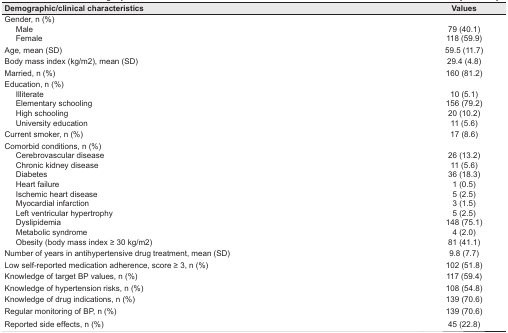
| Demographic/clinical characteristics | Values |
 | --- | --- |
 | Gender, n (%) |  |
 | Male | 79 (40.1) |
 | Female | 118 (59.9) |
 | Age, mean (SD) | 59.5 (11.7) |
 | Body mass index (kg/m2), mean (SD) | 29.4 (4.8) |
 | Married, n (%) | 160 (81.2) |
 | Education, n (%) |  |
 | Illiterate | 10 (5.1) |
 | Elementary schooling | 156 (79.2 |
 | High schooling | 20 (10.2) |
 | University education | 11 (5.6) |
 | Current smoker, n (%) | 17 (8.6) |
 | Comorbid conditions, n (%) |  |
 | Cerebrovascular disease | 26 (13.2) |
 | Chronic kidney disease | 11 (5.6) |
 | Diabetes | 36 (18.3) |
 | Heart failure | 1 (0.5) |
 | Ischemic heart disease | 5 (2.5) |
 | Myocardial infarction | 3 (1.5) |
 | Left ventricular hypertrophy | 5 (2.5) |
 | Dyslipidemia | 148 (75.1) |
 | Metabolic syndrome | 4 (2.0) |
 | Obesity (body mass index ≥ 30 kg/m2) | 81 (41.1) |
 | Number of years in antihypertensive drug treatment, mean (SD) | 9.8 (7.7) |
 | Low self-reported medication adherence, score ≥ 3, n (%) | 102 (51.8) |
 | Knowledge of target BP values, n (%) | 117 (59.4) |
 | Knowledge of hypertension risks, n (%) | 108 (54.8) |
 | Knowledge of drug indications, n (%) | 139 (70.6) |
 | Regular monitoring of BP, n (%) | 139 (70.6) |
 | Reported side effects, n (%) | 45 (22.8) |